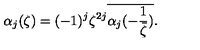
\alpha _ { j } ( \zeta ) = ( - 1 ) ^ { j } \zeta ^ { 2 j } \overline { { \alpha _ { j } ( - \frac { 1 } { \bar { \zeta } } ) } } .